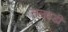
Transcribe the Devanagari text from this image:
नलवडी